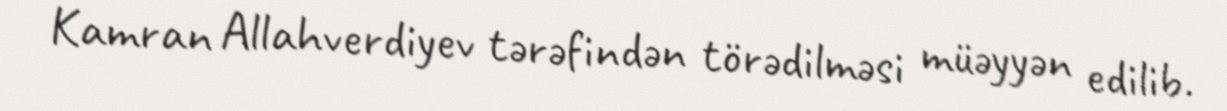
Kamran Allahverdiyev tərəfindən törədilməsi müəyyən edilib.